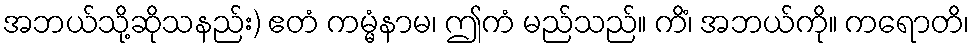
အဘယ်သို့ဆိုသနည်း) ဧတံ ကမ္မံနာမ၊ ဤကံ မည်သည်။ ကိံ၊ အဘယ်ကို။ ကရောတိ၊